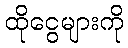
ထိုငွေများကို